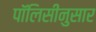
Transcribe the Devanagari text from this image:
पॉलिसीनुसार